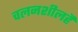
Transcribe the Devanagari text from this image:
चलनशीलहै